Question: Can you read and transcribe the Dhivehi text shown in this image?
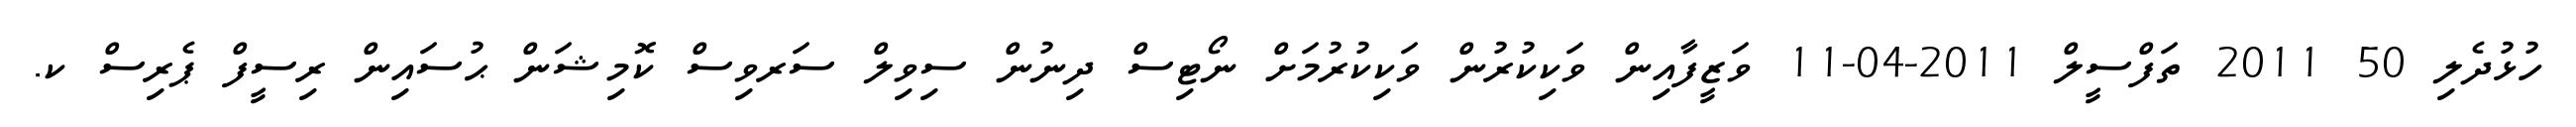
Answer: ހުޅުދެލި 50 2011 ތަފްސީލް 2011-04-11 ވަޒީފާއިން ވަކިކުރުން ވަކިކުރުމަށް ނޯޓިސް ދިނުން ސިވިލް ސަރވިސް ކޮމިޝަން ޙުސައިން ރިސީފް ޕެރިސް ކ.